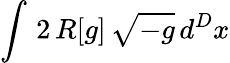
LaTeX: \int\, 2\, R[g]\, \sqrt{-g}\, d^{D}x